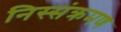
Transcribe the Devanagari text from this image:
निस्संक्रमण